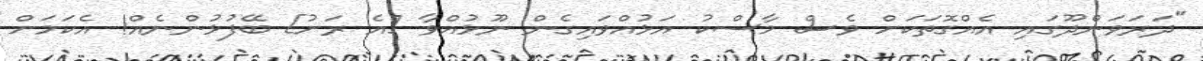
"ދަރަވަންދޫގައި އެއްގޮތަކަށް ވެސް މާސްކު އަޅުއްވައިގެން ނޫޅުއްވާ [އެ ރަށު] ބޭފުޅުންނެއް! އެކަމަށް